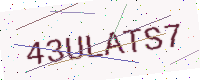
Text: 43ULATS7